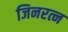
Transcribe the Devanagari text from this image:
जिनरत्न